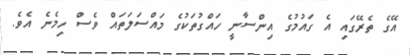
އޭގެ ތެރޭގައި އެ ގައުމުގެ އިންސާނީ ހައްގުތަކުގެ މައްސަލަތައް ވެސް ހިމެނެ އެވެ.